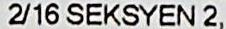
2/16 SEKSYEN 2,